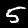
Label: 5